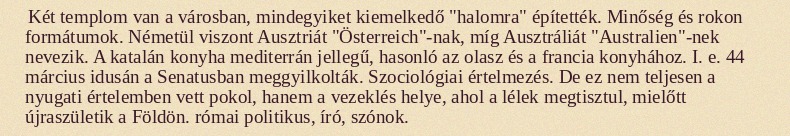
Két templom van a városban, mindegyiket kiemelkedő "halomra" építették. Minőség és rokon formátumok. Németül viszont Ausztriát "Österreich"-nak, míg Ausztráliát "Australien"-nek nevezik. A katalán konyha mediterrán jellegű, hasonló az olasz és a francia konyhához. I. e. 44 március idusán a Senatusban meggyilkolták. Szociológiai értelmezés. De ez nem teljesen a nyugati értelemben vett pokol, hanem a vezeklés helye, ahol a lélek megtisztul, mielőtt újraszületik a Földön. római politikus, író, szónok.